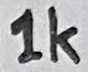
Text: 1K